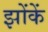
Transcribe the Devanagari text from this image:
झोंकें